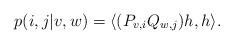
LaTeX: \begin{align*}p(i,j|v,w) = \langle (P_{v,i}Q_{w,j})h,h \rangle.\end{align*}